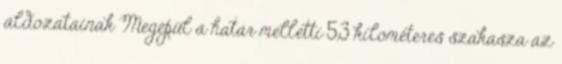
áldozatainak Megépül a határ melletti 5,3 kilométeres szakasza az